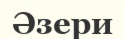
Әзери